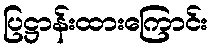
ပြဋ္ဌာန်းထားကြောင်း